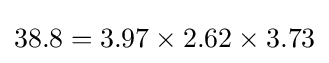
38.8=3.97\times 2.62\times 3.73